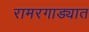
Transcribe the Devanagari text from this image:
रामरगाड्यात